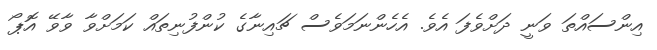
އިންސައްތަ ވަނީ ދަށްވެފަ އެވެ. އެހެންނަމަވެސް ޗައިނާގެ ކުންފުނިތައް ކަމަށްވާ ވާވޭ އޮޕޯ